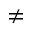
\neq